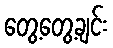
တွေ့တွေ့ချင်း